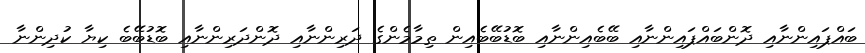
ބައްޕައިންނާއި ދޮންބައްޕައިންނާއި ބޭބެއިންނާއި ބޮޑުބޭބެއިން ތިމާމެންގެ ދަރިންނާއި ދޮންދަރިންނާއި ބޮޑުބޭބެ ކިޔާ ކުދިންނާ